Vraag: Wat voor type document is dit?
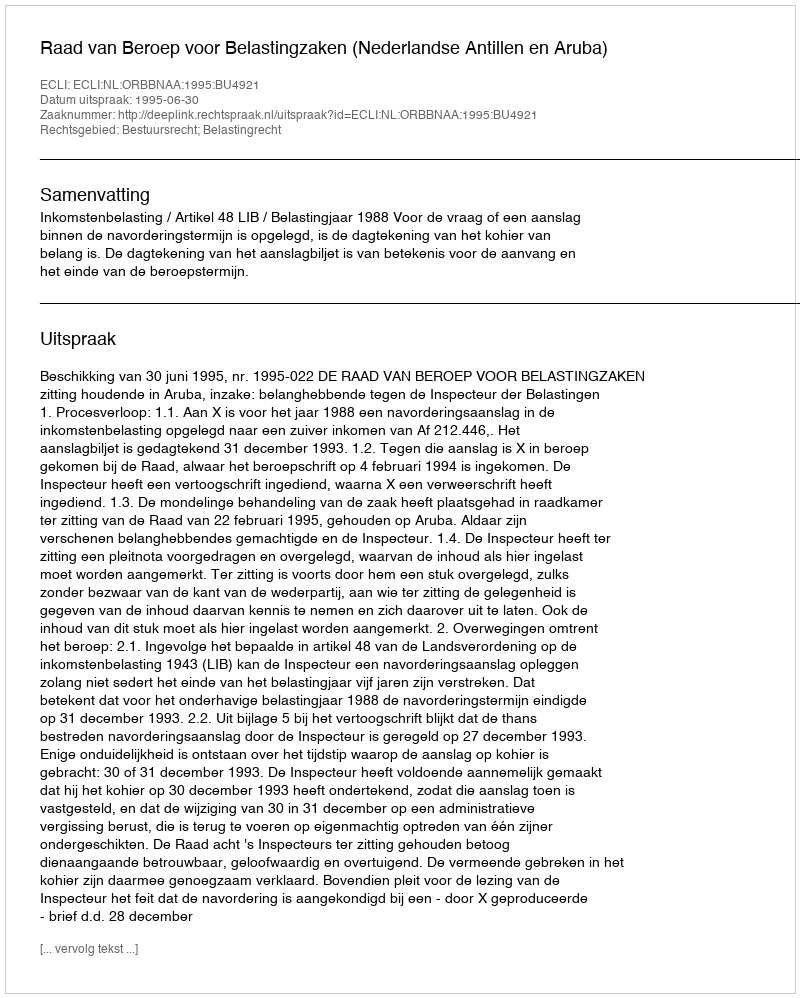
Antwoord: Uitspraak